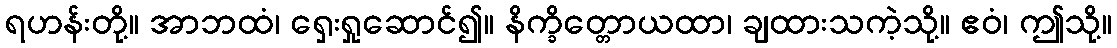
ရဟန်းတို့။ အာဘထံ၊ ရှေးရှုဆောင်၍။ နိက္ခိတ္တောယထာ၊ ချထားသကဲ့သို့။ ဧဝံ၊ ဤသို့။